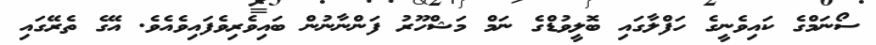
ސޯނަމްގެ ކައިވެނީގެ ހަފްލާގައި ބޮލީވުޑްގެ ނަމް މަޝްހޫރު ފަންނާނުން ބައިވެރިވެފައިވެއެވެ. އޭގެ ތެރޭގައި